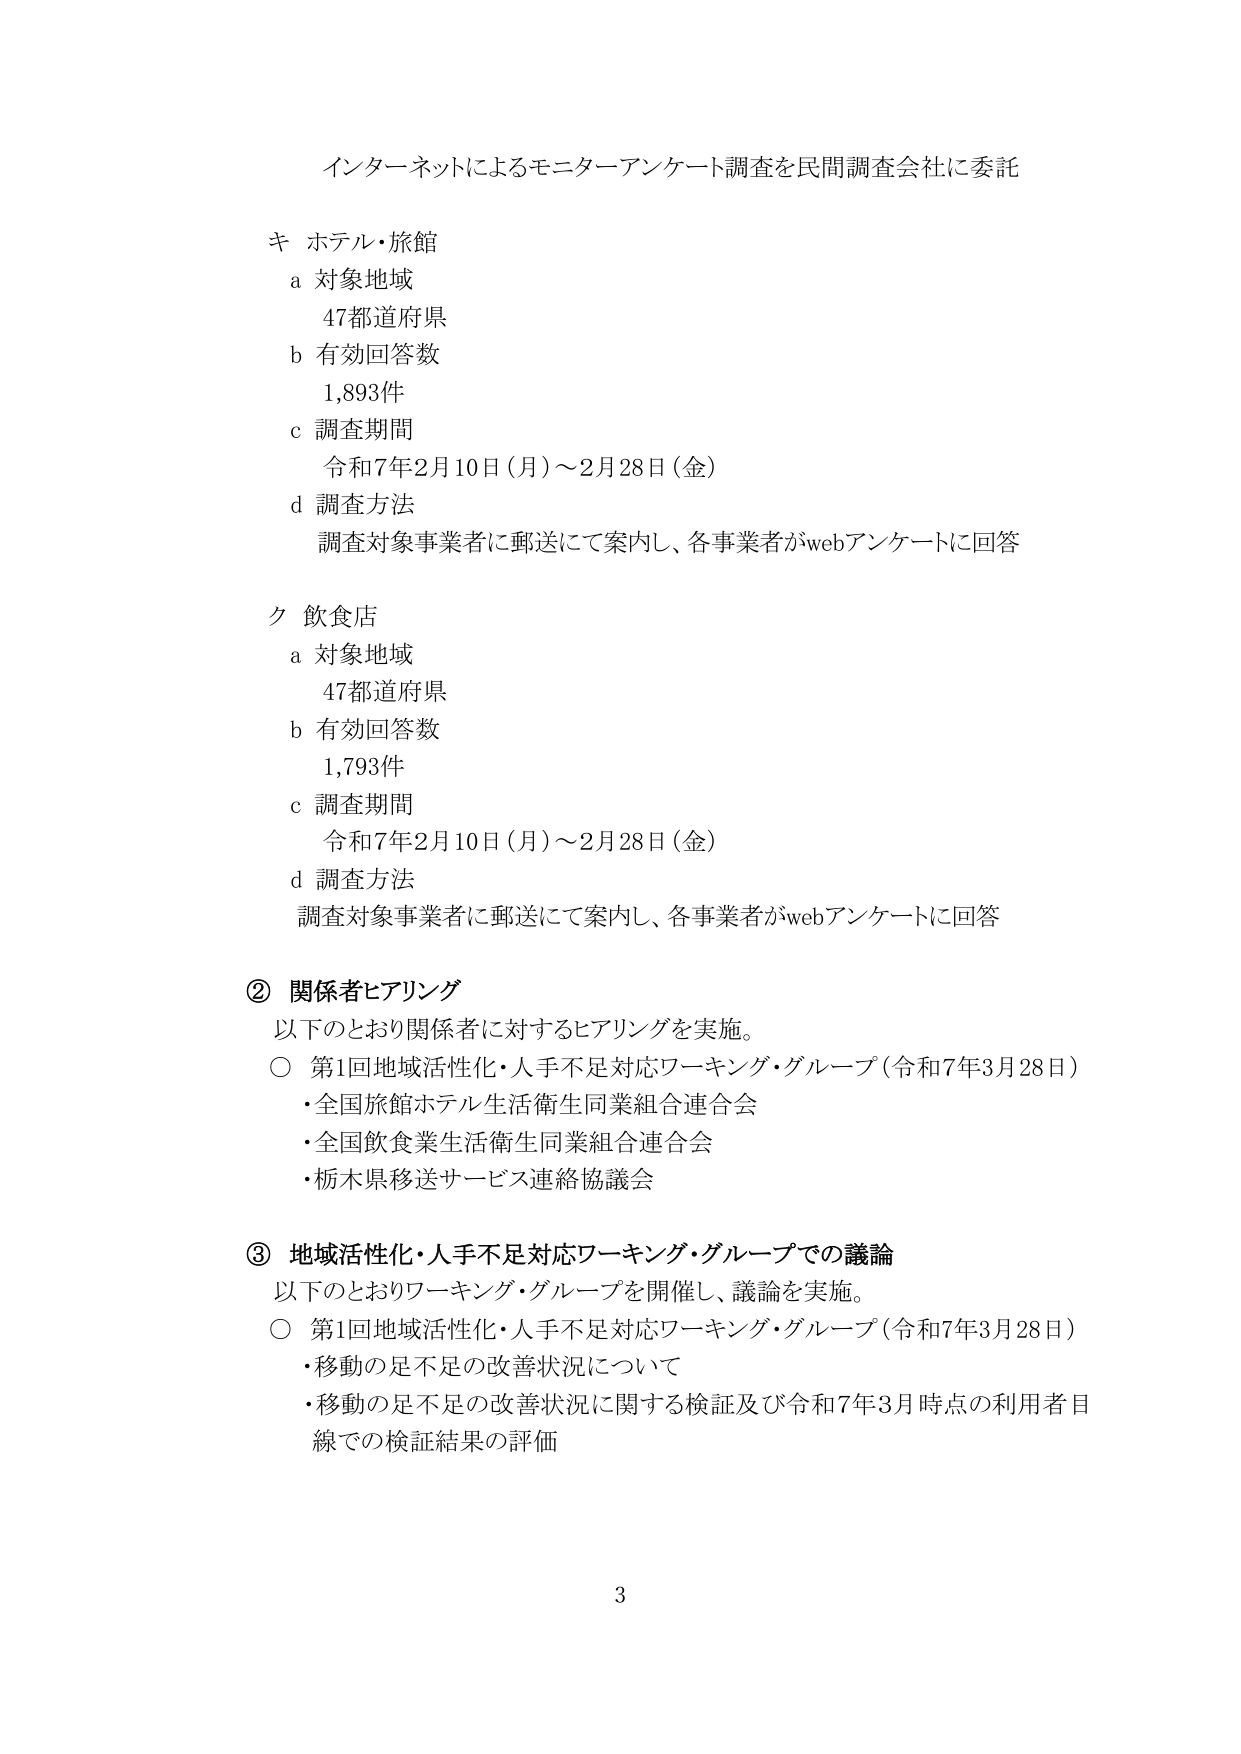
インターネットによるモニターアンケート調査を民間調査会社に委託

キ ホテル・旅館
a 対象地域
　47都道府県
b 有効回答数
　1,893件
c 調査期間
　令和7年2月10日（月）～2月28日（金）
d 調査方法
　調査対象事業者に郵送にて案内し、各事業者がwebアンケートに回答

ク 飲食店
a 対象地域
　47都道府県
b 有効回答数
　1,793件
c 調査期間
　令和7年2月10日（月）～2月28日（金）
d 調査方法
　調査対象事業者に郵送にて案内し、各事業者がwebアンケートに回答

② 関係者ヒアリング
以下のとおり関係者に対するヒアリングを実施。
○ 第1回地域活性化・人手不足対応ワーキング・グループ（令和7年3月28日）
　・全国旅館ホテル生活衛生同業組合連合会
　・全国飲食業生活衛生同業組合連合会
　・栃木県移送サービス連絡協議会

③ 地域活性化・人手不足対応ワーキング・グループでの議論
以下のとおりワーキング・グループを開催し、議論を実施。
○ 第1回地域活性化・人手不足対応ワーキング・グループ（令和7年3月28日）
　・移動の足不足の改善状況について
　・移動の足不足の改善状況に関する検証及び令和7年3月時点の利用者目線での検証結果の評価

3